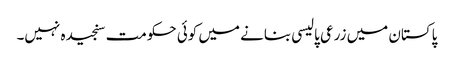
پاکستان میں زرعی پالیسی بنانے میں کوئی حکومت سنجیدہ نہیں۔